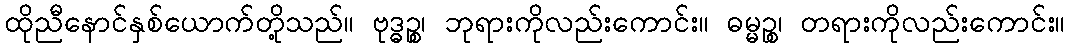
ထိုညီနောင်နှစ်ယောက်တို့သည်။ ဗုဒ္ဓဉ္စ၊ ဘုရားကိုလည်းကောင်း။ ဓမ္မဉ္စ၊ တရားကိုလည်းကောင်း။